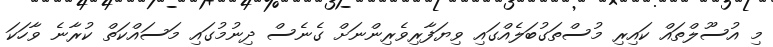
މި އުސޫލްތައް ކައިރި މުސްތަގުބަލެއްގައި ވިޔަފާރިވެރިންނަށް ގެނެސް ދިނުމުގައި މަސައްކަތް ކުރާނެ ވާހަކަ